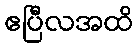
ဧပြီလအထိ